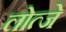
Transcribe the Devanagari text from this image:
लोत्जे